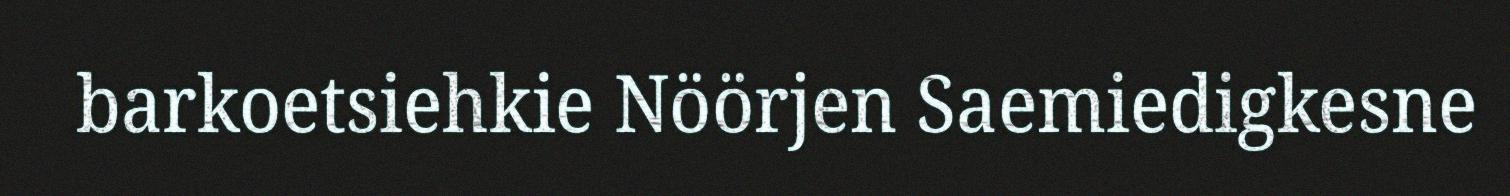
barkoetsiehkie Nöörjen Saemiedigkesne